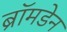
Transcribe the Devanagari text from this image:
ब्रॉमडेन